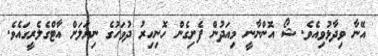
އޭނާ ވިދާޅުވިއެވެ. ޝޯ އޮންނާނީ މިއަދުން ފެށިގެން ހޮނިހިރު ދުވަހުގެ ނިޔަލަށް އާޓްގެލެރީގައެވެ.